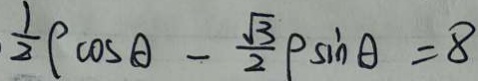
\frac { 1 } { 2 } \rho \cos A - \frac { \sqrt { 3 } } { 2 } \rho \sin A = 8